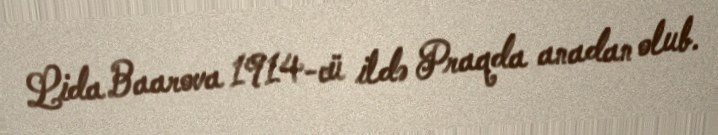
Lida Baarova 1914-cü ildə Praqda anadan olub.